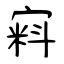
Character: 窲